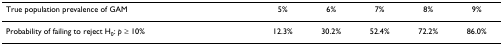
| True population prevalence of GAM | 5% | 6% | 7% | 8% | 9% |
 | --- | --- | --- | --- | --- | --- |
 | Probability of failing to reject H0: p ≥ 10% | 12.3% | 30.2% | 52.4% | 72.2% | 86.0% |